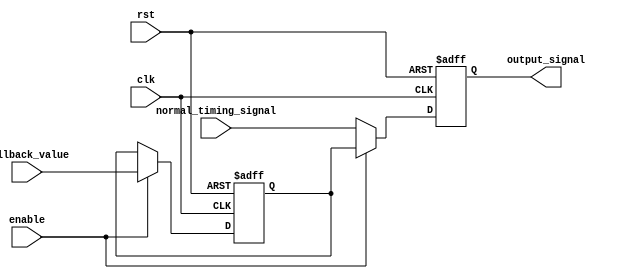
module Fallback_Bypass_register(
  input wire clk,
  input wire rst,
  input wire enable,
  input wire [7:0] fallback_value,
  input wire [7:0] normal_timing_signal,
  output reg [7:0] output_signal
);

reg [7:0] fallback_reg;

always @(posedge clk or posedge rst) begin
  if (rst) begin
    fallback_reg <= 8'h00;
    output_signal <= 8'h00;
  end else begin
    if (enable) begin
      fallback_reg <= fallback_value;
      output_signal <= fallback_reg;
    end else begin
      output_signal <= normal_timing_signal;
    end
  end
end

endmodule